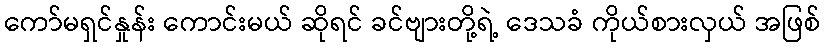
ကော်မရှင်နှုန်း ကောင်းမယ် ဆိုရင် ခင်ဗျားတို့ရဲ့ ဒေသခံ ကိုယ်စားလှယ် အဖြစ်